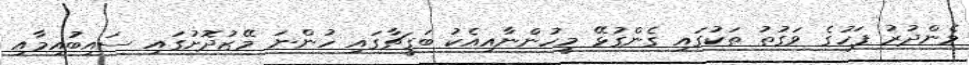
މެންދުރު ފަހުގެ ވަގުތު ތަކުގައި ގެންގުޅޭ މީހުންނާއިއެކު ބަގީޗާގައި ހުންނަ މޭޒުދޮށުގައި ސައިބުއިމާއި